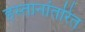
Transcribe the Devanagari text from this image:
हस्तानांतरित